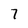
Character: 7